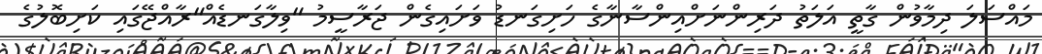
މައްސަލަ ދިމާވުން ގާތީ އަލަތު ދަރިންނަށްއިންސާނާގެ ހަށިގަނޑު ވަށައިގެން ޖަރާސީމު "ވިލާގަނޑެއް"ރާއްޖޭގައި ކަށިބޮލުގެ